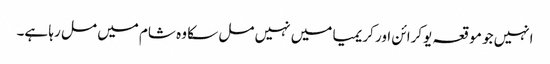
انہیں جو موقعہ یوکرائن اور کریمیا میں نہیں مل سکا وہ شام میں مل رہا ہے۔